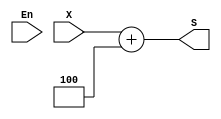
`timescale 1ns / 1ps
//////////////////////////////////////////////////////////////////////////////////
// Company: 
// Engineer: 
// 
// Design Name: 
// Module Name: CLA_32_plus4
// Project Name: 
// Target Devices: 
// Tool Versions: 
// Description: 
// 
// Dependencies: 
// 
// Revision:
// Revision 0.01 - File Created
// Additional Comments:
// 
//////////////////////////////////////////////////////////////////////////////////


module CLA_32_plus4(X,S,En);
    input [31:0] X;
    input En;
    output [31:0]S;
    assign S = X + 'b00000000000000000000000000000100;
endmodule

module CLA_32_plus4_TEST;
    reg [31:0] X;
    wire [31:0] S;
    CLA_32_plus4 CLA_32_plus4_test(.X(X),.S(S));
        initial begin;
            X = 'b00000000000000000000000000000100;
            #20;
            X = 'b00000000000000000000000000000000;
            #20;
            X = 'b00000000000000000000000000001000;
        end
endmodule